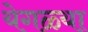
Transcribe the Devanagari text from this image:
येगळ्या